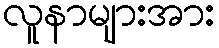
လူနာများအား